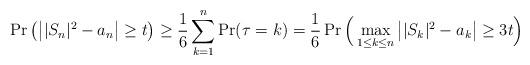
LaTeX: \begin{align*}\Pr\big(\big||S_{n}|^{2}-a_{n}\big|\geq t\big)\geq \frac{1}{6}\sum_{k=1}^{n}\Pr(\tau=k)=\frac{1}{6}\Pr\Big(\max_{1\leq k\leq n} \big||S_{k}|^{2}-a_{k}\big|\geq 3t\Big)\end{align*}